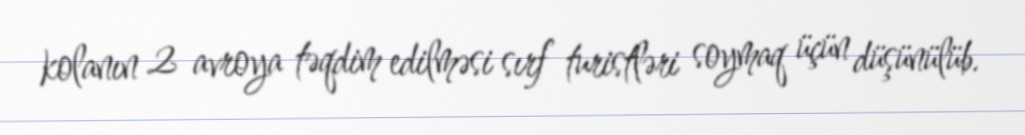
kolanın 2 avroya təqdim edilməsi sırf turistləri soymaq üçün düşünülüb.